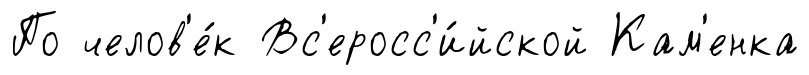
По челов'е́к Вс'еросс'и́йской Кам'енка